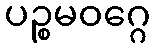
ပဉ္စမဝဂ္ဂေ